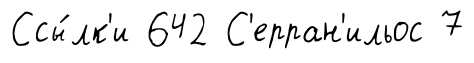
Ссы́лк'и 642 С'ерран'ильос 7